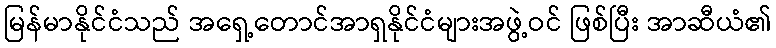
မြန်မာနိုင်ငံသည် အရှေ့တောင်အာရှနိုင်ငံများအဖွဲ့ဝင် ဖြစ်ပြီး အာဆီယံ၏